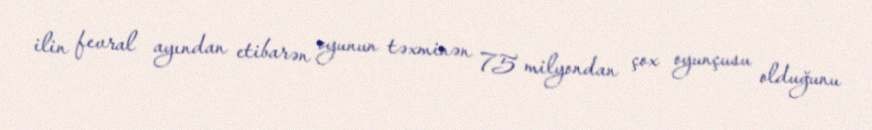
ilin fevral ayından etibarən oyunun təxminən 75 milyondan çox oyunçusu olduğunu